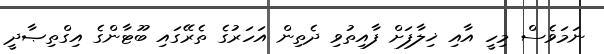
ނަމަވެސް މިހީ އާއި ޚިލާފަށް ފާއިތުވި ދެތިން އަހަރުގެ ތެރޭގައި ބޫޓާންގެ އިގްތިޞާދީ